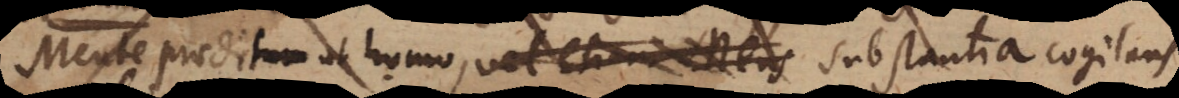
Mente praeditum ut homo, vel etiam substantia cogitans